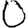
Digit: 0